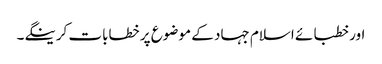
اور خطبائے اسلام جہاد کے موضوع پر خطابات کرینگے۔